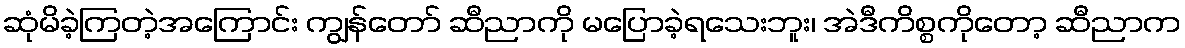
ဆုံမိခဲ့ကြတဲ့အကြောင်း ကျွန်တော် ဆီညာကို မပြောခဲ့ရသေးဘူး၊ အဲဒီကိစ္စကိုတော့ ဆီညာက